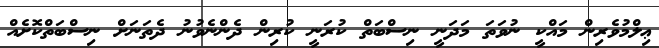
ޢިލްމުވެރިން މައްކީ ނުވަތަ މަދަނީ ނިސްބަތް ކުރަނީ ކުރިން ދެންނެވުނު ދެތަނަށް ނިސްބަތްކޮށެއް